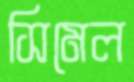
সিমেল